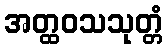
အတ္ထဝသသုတ္တံ